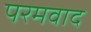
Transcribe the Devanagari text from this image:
परमवाद